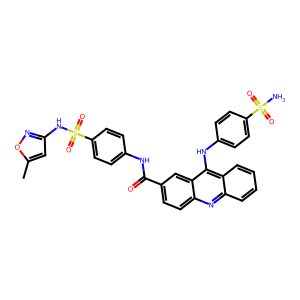
SMILES: Cc1cc(NS(=O)(=O)c2ccc(NC(=O)c3ccc4nc5ccccc5c(Nc5ccc(S(N)(=O)=O)cc5)c4c3)cc2)no1
Inhibits HIV replication: No